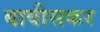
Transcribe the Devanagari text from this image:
बावीसकर